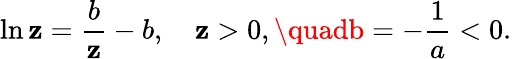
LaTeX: \ln\mathbf{z}=\frac{{b}}{{\mathbf{z}}}-b,\quad\mathbf{z}>0,\quadb=-\frac{{1}}{{a}}<0.